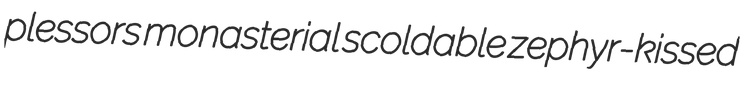
plessors monasterial scoldable zephyr-kissed